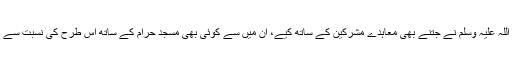
ہجرت کے بعد رسول اللہ صلی اللہ علیہ وسلم نے جتنے بھی معاہدے مشرکین کے ساتھ کیے، اُن میں سے کوئی بھی مسجد حرام کے ساتھ اِس طرح کی نسبت سے تعارف کا سزاوار نہیں ہو سکتا۔